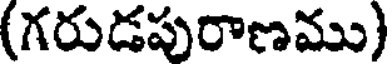
(గరుడపురాణము)